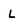
Character: L